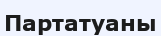
Партатуаны